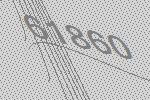
61860